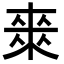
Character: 𭫈